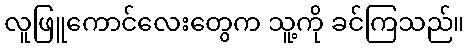
လူဖြူကောင်လေးတွေက သူ့ကို ခင်ကြသည်။